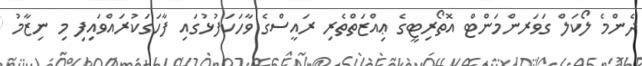
ދެންމެ ލޯކަލް ގަވަރންމަންޓް އޮތޯރިޓީގެ ޢިއްޒަތްތެރި ރައީސްގެ ވާހަކަފުޅުގައި ފާހަގަކުރައްވައިފި މި ނިޒާމު